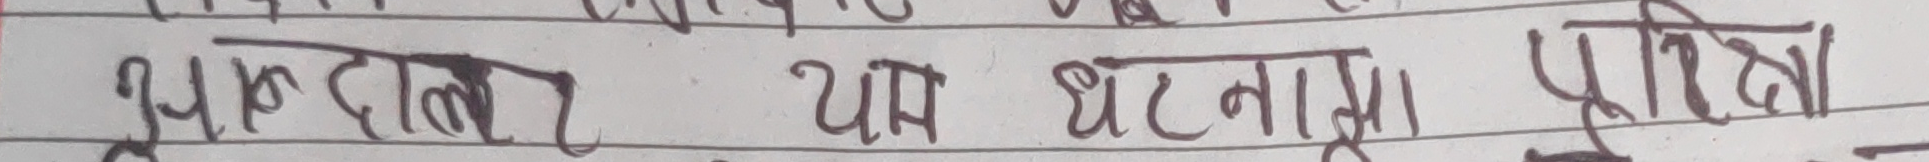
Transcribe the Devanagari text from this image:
भ्रूदाल यह घटनामा प्रीता